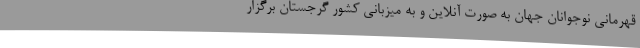
قهرمانی نوجوانان جهان به صورت آنلاین و به میزبانی کشور گرجستان برگزار